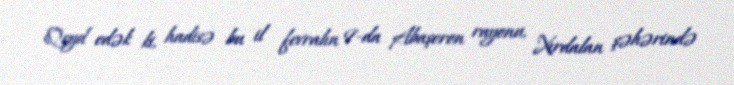
Qeyd edək ki, hadisə bu il fevralın 9-da Abaşeron rayonu, Xırdalan şəhərində